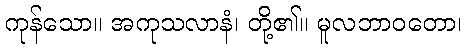
ကုန်သော။ အကုသလာနံ၊ တို့၏။ မူလဘာဝတော၊